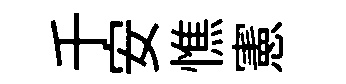
千安憔憲